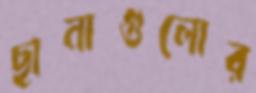
ছানাগুলোর